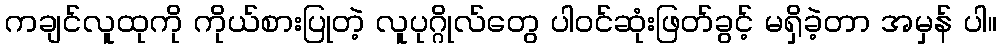
ကချင်လူထုကို ကိုယ်စားပြုတဲ့ လူပုဂ္ဂိုလ်တွေ ပါဝင်ဆုံးဖြတ်ခွင့် မရှိခဲ့တာ အမှန် ပါ။